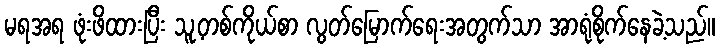
မရအရ ဖုံးဖိထားပြီး သူ့တစ်ကိုယ်စာ လွတ်မြောက်ရေးအတွက်သာ အာရုံစိုက်နေခဲ့သည်။